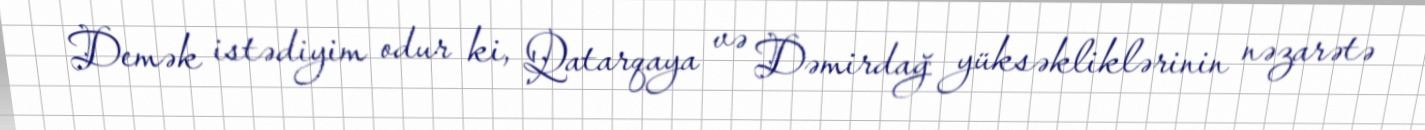
Demək istədiyim odur ki, Qatarqaya və Dəmirdağ yüksəkliklərinin nəzarətə